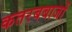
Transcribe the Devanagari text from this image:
कतरबबाजों